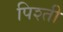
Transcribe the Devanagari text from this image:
पिश्ती